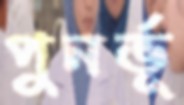
পুনর্ভূ